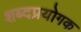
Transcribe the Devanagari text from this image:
शब्दप्रयोगक